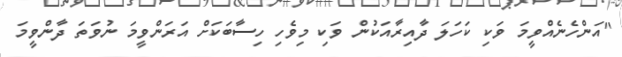
"އަންހެނެއްވީމަ ވަކި ކަހަލަ ދާއިރާއަކުން ވަކި މިވެހި ހިސާބަކަށް އަރަންވީމަ ނުވަތަ ދާންވީމަ